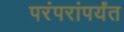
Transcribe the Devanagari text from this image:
परंपरांपर्यंत